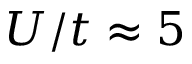
U / t \approx 5